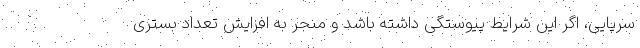
سرپایی، اگر این شرایط پیوستگی داشته باشد و منجر به افزایش تعداد بستری